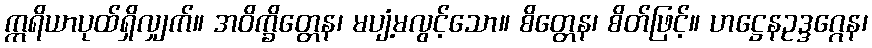
ဣရိယာပုထ်ရှိလျှက်။ အဝိက္ခိတ္တေန၊ မပျံ့မလွင့်သော။ စိတ္တေန၊ စိတ်ဖြင့်။ ဟဋ္ဌေနဥဒ္ဒဂ္ဂေန၊